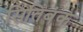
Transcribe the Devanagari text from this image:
सितिबंक